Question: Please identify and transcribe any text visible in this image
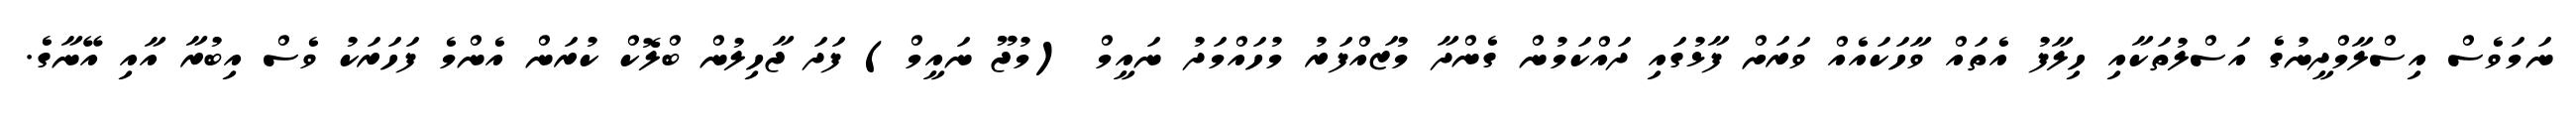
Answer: ނަމަވެސް އިސްލާމްދީނުގެ އަސްލުތަކާއި ހިލާފު އެތައް ވާހަކައެއް ވަރަށް ފާޅުގައި ދައްކަމުން ގެންދާ މުޒައްފަރު މުހައްމަދު ނައީމް (މުޖޫ ނައީމް) ފަދަ ޖާހިލުން ބްލޮކް ކުރަން އެންމެ ފަހަރަކު ވެސް އިބުރާ އާއި އޭނާގެ.